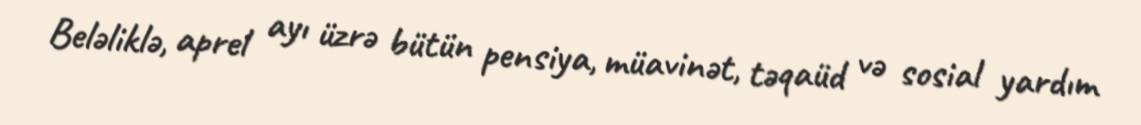
Beləliklə, aprel ayı üzrə bütün pensiya, müavinət, təqaüd və sosial yardım